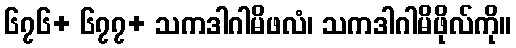
၆၇၆+ ၆၇၇+ သကဒါဂါမိဖလံ၊ သကဒါဂါမိဖိုလ်ကို။